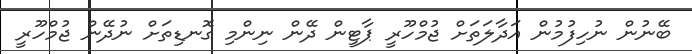
ބޭނުން ނުހިފުމުން އަދާލަތަށް ޖުމްހޫރީ ޕާޓީން ދޭން ނިންމި ގޮނޑިތަށް ނުދޭން ޖުމްހޫރީ